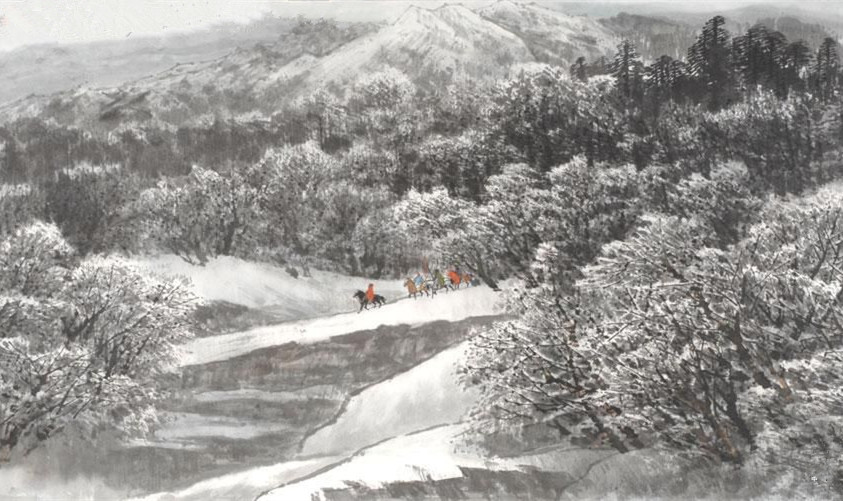
纷纷暮雪下辕门，风掣红旗冻不翻。